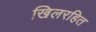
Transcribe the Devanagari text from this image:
खिलरहित